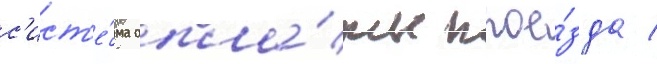
с'ист'е́ма опла́ты прое́зда /